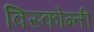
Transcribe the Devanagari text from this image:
विस्कोन्ती